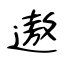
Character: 遨